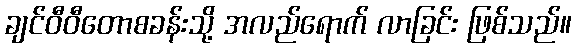
ချင်ဝီဝီတောစခန်းသို့ အလည်ရောက် လာခြင်း ဖြစ်သည်။